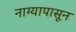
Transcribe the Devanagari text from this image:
नाग्यापासून